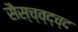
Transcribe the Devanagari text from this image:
सैस्च्व्द्च्द